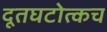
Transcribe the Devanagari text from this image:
दूतघटोत्कच